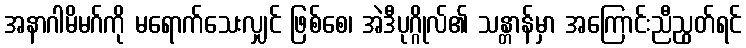
အနာဂါမိမဂ်ကို မရောက်သေးလျှင် ဖြစ်စေ၊ အဲဒီပုဂ္ဂိုလ်၏ သန္တာန်မှာ အကြောင်းညီညွတ်ရင်